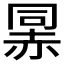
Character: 𰷯